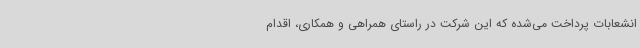
انشعابات پرداخت می‌شده که این شرکت در راستای همراهی و همکاری، اقدام